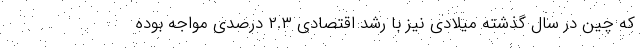
که چین در سال گذشته میلادی نیز با رشد اقتصادی ۲.۳ درصدی مواجه بوده